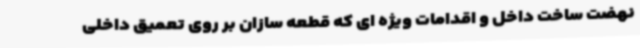
نهضت ساخت داخل و اقدامات ویژه ای که قطعه سازان بر روی تعمیق داخلی